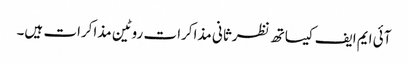
آئی ایم ایف کیساتھ نظرثانی مذاکرات روٹین مذاکرات ہیں۔